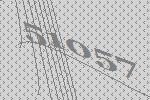
51057